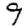
Digit: 9